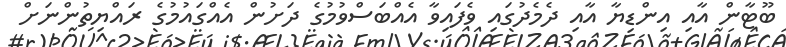
ބޫޓާން އާއި އިންޑިޔާ އާއި ދެމެދުގައި ވެފައިވާ އެއްބަސްވުމުގެ ދަށުން އެއްގައުމުގެ ރައްޔިތުންނަށް